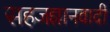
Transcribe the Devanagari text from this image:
सहजज्ञानवादी